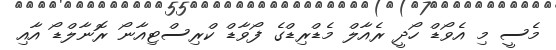
މެސީ މި އެވޯޑް ހޯދީ ރެއާލް މެޑްރިޑްގެ ފޯވާޑް ކްރިސްޓިއާނޯ ރޮނާލްޑޯ އާއި